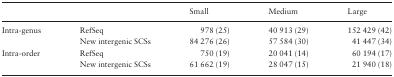
<table><thead><tr><td colspan="2"></td><td><b>Small</b></td><td><b>Medium</b></td><td><b>Large</b></td></tr></thead><tbody><tr><td rowspan="2">Intra-genus</td><td>RefSeq</td><td>978 (25)</td><td>40 913 (29)</td><td>152 429 (42)</td></tr><tr><td>New intergenic SCSs</td><td>84 276 (26)</td><td>57 584 (30)</td><td>41 447 (34)</td></tr><tr><td rowspan="2">Intra-order</td><td>RefSeq</td><td>750 (19)</td><td>20 041 (14)</td><td>60 194 (17)</td></tr><tr><td>New intergenic SCSs</td><td>61 662 (19)</td><td>28 047 (15)</td><td>21 940 (18)</td></tr></tbody></table>